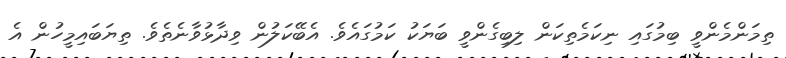
ތިމަންމެންވީ ބިމުގައި ނިކަމެތިކަން ލިބިގެންވީ ބަޔަކު ކަމުގައެވެ. އެބޭކަލުން ވިދާޅުވާނެތެވެ. ތިޔަބައިމީހުން އެ